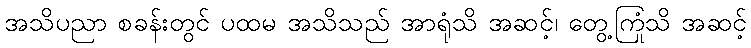
အသိပညာ စခန်းတွင် ပထမ အသိသည် အာရုံသိ အဆင့်၊ တွေ့ကြုံသိ အဆင့်